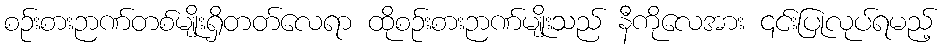
စဉ်းစားဉာဏ်တစ်မျိုးရှိတတ်လေရာ ထိုစဉ်းစားဉာဏ်မျိုးသည် နီကိုလေအား ၎င်းပြုလုပ်ရမည့်